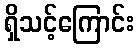
ရှိသင့်ကြောင်း